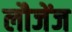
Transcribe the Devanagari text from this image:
लौजेंज